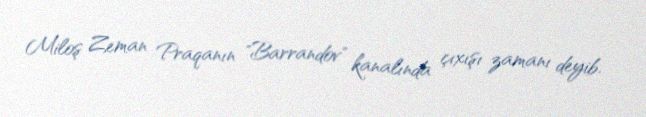
Miloş Zeman Praqanın "Barrandov" kanalında çıxışı zamanı deyib.